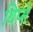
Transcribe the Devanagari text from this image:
थिप्से